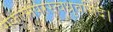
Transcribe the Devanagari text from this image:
सकलमपरस्त्वध्रुवमिदं।